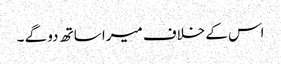
اس کے خلاف میرا ساتھ دو گے ۔